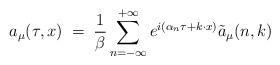
LaTeX: \begin{align*}a_\mu(\tau,x)\;=\;\frac{1}{\beta} \sum_{n=-\infty}^{+\infty} e^{i(\alpha_n \tau + k \cdot x)} {\tilde a}_\mu(n,k)\end{align*}